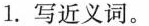
1.写近义词。